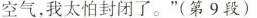
空气，我太怕封闭了。”(第9段)